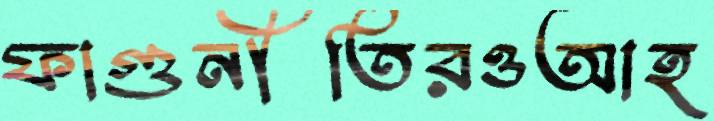
ফাগুনীতিরওআহ